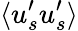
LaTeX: \langle u_{s}^{\prime}u_{s}^{\prime}\rangle